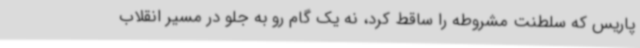
پاریس که سلطنت مشروطه را ساقط کرد، نه یک گام رو به جلو در مسیر انقلاب